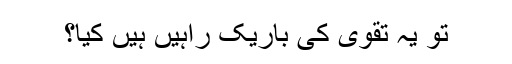
تو یہ تقویٰ کی باریک راہیں ہیں کیا؟